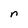
Character: n